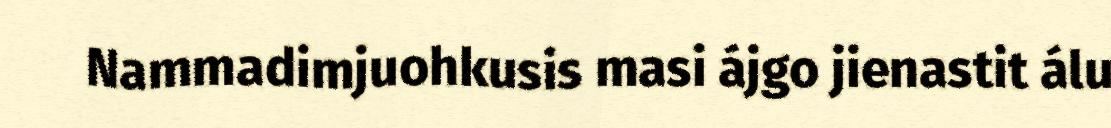
Nammadimjuohkusis masi ájgo jienastit álu